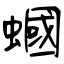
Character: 蟈